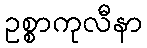
ဥစ္စာကုလီနာ